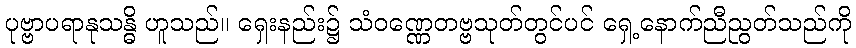
ပုဗ္ဗာပရာနုသန္ဓိ ဟူသည်။ ရှေးနည်း၌ သံဝဏ္ဏေတဗ္ဗသုတ်တွင်ပင် ရှေ့နောက်ညီညွတ်သည်ကို